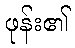
ဖုန်း၏